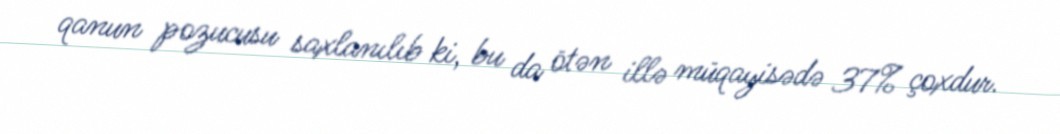
qanun pozucusu saxlanılıb ki, bu da ötən illə müqayisədə 37% çoxdur.